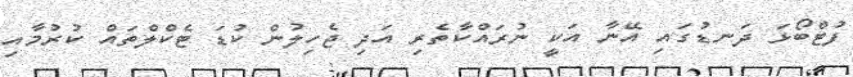
ފުޓްބޯޅަ ދަނޑުގައި އޭނާ އަކީ ނުރައްކާތެރި އަދި ޖެހިލުން ކުޑަ ޓެކްލްތައް ކުރުމާއި